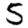
Digit: 5